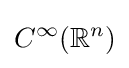
C^{\infty }(\mathbb {R} ^{n})